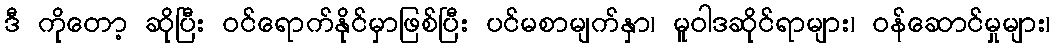
ဒီ ကိုတော့ ဆိုပြီး ဝင်ရောက်နိုင်မှာဖြစ်ပြီး ပင်မစာမျက်နှာ၊ မူဝါဒဆိုင်ရာများ၊ ဝန်ဆောင်မှုများ၊